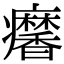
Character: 𤼍